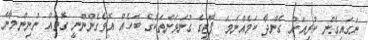
ނަގައިގެން ކުރިއަށް ގެންދާ ކަމެއްނަމަ ޕާޓީގެ ގުނަވަންތަކުގެ ބަހެއް އޮވެގެންނޫނީ ގޮތެއް ނުނިންމާނެ